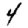
Digit: 4